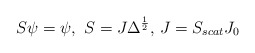
\begin{align*}S\psi =\psi ,\,\,S=J\Delta ^{\frac{1}{2}},\,J=S_{scat}J_{0} \end{align*}